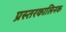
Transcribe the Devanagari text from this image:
प्रस्तरकालिनक